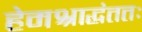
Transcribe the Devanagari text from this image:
हेमश्राद्धंततः